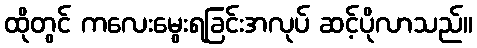
ထိုတွင် ကလေးမွေးရခြင်းအလုပ် ဆင့်ပိုလာသည်။